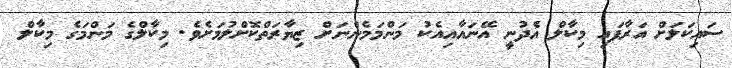
ސައިކަލަށް އަރާފައި މިކާލް އެދުނީ އޭނައާއިއެކު މަންމަމެންނަށް ޒިޔާރަތްކޮށްލުމަށެވެ. މިކާލްގެ މަންމަގެ މިކާލް